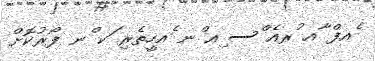
ެއފް ާއ ުރއެ ްސ ިއ ްނ ެއހީތެރި ަކ ްނ ފޯރުކޮށް